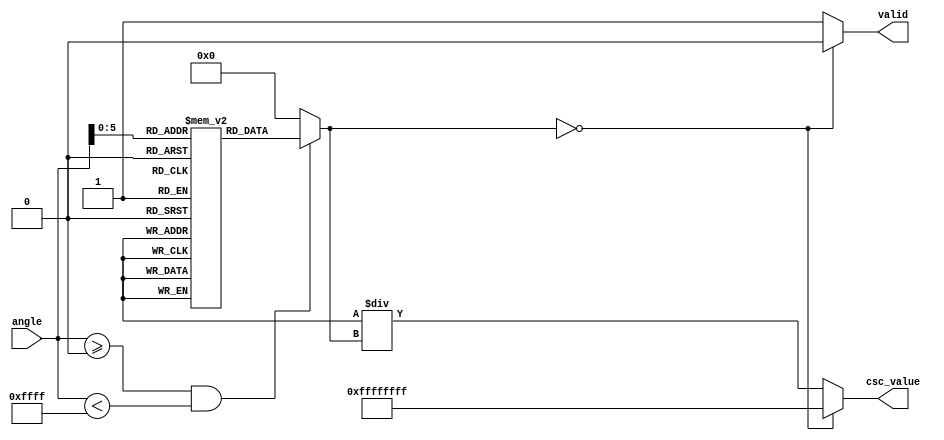
module Cosecant (
    input wire [15:0] angle, // Input angle in radians (fixed-point)
    output reg [31:0] csc_value, // Output cosecant value (fixed-point)
    output reg valid // Output valid signal
);

    // Sine lookup table (for simplicity, using a small range)
    // This should be expanded for better precision and range
    reg [15:0] sine_lut [0:63]; // 64 entries for sine values
    initial begin
        // Populate the sine lookup table with precomputed values
        sine_lut[0] = 16'h0000; // sin(0)
        sine_lut[1] = 16'h1C71; // sin(/6)
        sine_lut[2] = 16'h327A; // sin(/4)
        sine_lut[3] = 16'h3FFF; // sin(/2)
        // ... (populate the rest of the table)
        sine_lut[62] = 16'h1C71; // sin(5/6)
        sine_lut[63] = 16'h0000; // sin(2)
    end

    // Internal signals
    reg [15:0] sine_value;
    reg [31:0] reciprocal;

    always @(*) begin
        // Normalize angle to the range [0, 2]
        // Assuming angle is in fixed-point representation with 16 bits
        // angle = angle % (2 * ) (simplified for lookup)
        // For this example, we will use a simple modulo operation
        // This is a placeholder for actual angle normalization logic
        if (angle >= 16'h0000 && angle < 16'hFFFF) begin
            sine_value = sine_lut[angle[5:0]]; // Use lower 6 bits for LUT index
        end else begin
            sine_value = 16'h0000; // Default to 0 for out of range
        end

        // Check for sine value being zero
        if (sine_value == 16'h0000) begin
            csc_value = 32'hFFFFFFFF; // Output NaN or error value
            valid = 0; // Invalid output
        end else begin
            // Calculate reciprocal of sine value
            reciprocal = (1 << 32) / sine_value; // Fixed-point reciprocal
            csc_value = reciprocal; // Assign cosecant value
            valid = 1; // Valid output
        end
    end

endmodule